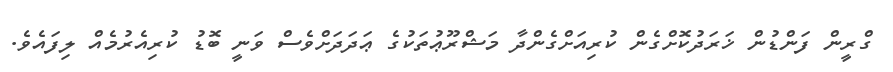
ގްރީން ފަންޑުން ޚަރަދުކޮށްގެން ކުރިއަށްގެންދާ މަޝްރޫޢުތަކުގެ ޢަދަދަށްވެސް ވަނީ ބޮޑު ކުރިއެރުމެއް ލިފައެވެ.